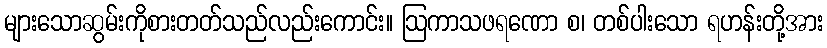
များသောဆွမ်းကိုစားတတ်သည်လည်းကောင်း။ ဩကာသဖရဏော စ၊ တစ်ပါးသော ရဟန်းတို့အား